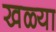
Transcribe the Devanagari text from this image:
खळ्या